Report of the Indian Hemp Drugs Commission, 1894-1895 - Volume IV
Year: 1894
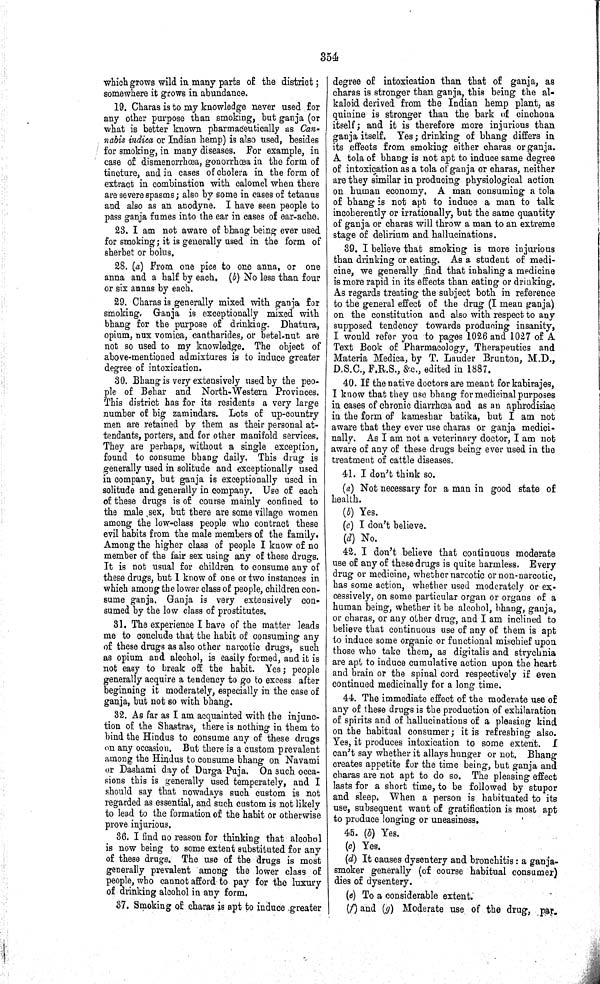
354
which grows wild in many parts of the district;
somewhere it grows in abundance.
19. Charas is to my knowledge never used for
any other purpose than smoking, but ganja (or
what is better known pharmaceutically as Can-
nabis indica or Indian hemp) is also used, besides
for smoking, in many diseases. For example, in
case of dismenorrhœa, gonorrhœa in the form of
tincture, and in cases of cholera in the form of
extract in combination with calomel when there
are severe spasms; also by some in cases of tetanus
and also as an anodyne. I have seen people to
pass ganja fumes into the ear in cases of ear-ache.
23. I am not aware of bhang being ever used
for smoking; it is generally used in the form of
sherbet or bolus.
28. (a) From one pice to one anna, or one
anna and a half by each. (b) No less than four
or six annas by each.
29. Charas is generally mixed with ganja for
smoking, Ganja is exceptionally mixed with
bhang for the purpose of drinking. Dhatura,
opium, nux vomica, cantharides, or betel-nut are
not so used to my knowledge. The object of
above-mentioned admixtures is to induce greater
degree of intoxication.
30. Bhang is very extensively used by the peo-
ple of Behar and North-Western Provinces.
This district has for its residents a very large
number of big zamindars. Lots of up-country
men are retained by them as their personal at-
tendants, porters, and for other manifold services.
They are perhaps, without a single exception,
found to consume bhang daily. This drug is
generally used in solitude and exceptionally used
in company, but ganja is exceptionally used in
solitude and generally in company. Use of each
of these drugs is of course mainly confined to
the male sex, but there are some village women
among the low-class people who contract these
evil habits from the male members of the family.
Among the higher class of people I know of no
member of the fair sex using any of these drugs.
It is not usual for children to consume any of
these drugs, but I know of one or two instances in
which among the lower class of people, children con-
sume ganja. Ganja is very extensively con-
sumed by the low class of prostitutes.
31. The experience I have of the matter leads
me to conclude that the habit of consuming any
of these drugs as also other narcotic drugs, such
as opium and alcohol, is easily formed, and it is
not easy to break off the habit. Yes; people
generally acquire a tendency to go to excess after
beginning it moderately, especially in the case of
ganja, but not so with bhang.
32. As far as I am acquainted with the injunc-
tion of the Shastras, there is nothing in them to
bind the Hindus to consume any of these drugs
on any occasion. But there is a custom prevalent
among the Hindus to consume bhang on Navami
or Dashami day of Durga Puja. On such occa-
sions this is generally used temperately, and I
should say that nowadays such custom is not
regarded as essential, and such custom is not likely
to lead to the formation of the habit or otherwise
prove injurious.
36. I find no reason for thinking that alcohol
is now being to some extent substituted for any
of these drugs. The use of the drugs is most
generally prevalent among the lower class of
people, who cannot afford to pay for the luxury
of drinking alcohol in any form.
37. Smoking of charas is apt to induce greater
degree of intoxication than that of ganja, as
charas is stronger than ganja, this being the al-
kaloid derived from the Indian hemp plant, as
quinine is stronger than the bark of cinchona
itself; and it is therefore more injurious than
ganja itself. Yes; drinking of bhang differs in
its effects from smoking either charas or ganja.
A tola of bhang is not apt to induce same degree
of intoxication as a tola of ganja or charas, neither
are they similar in producing physiological action
on human economy. A man consuming a tola
of bhang is not apt to induce a man to talk
incoherently or irrationally, but the same quantity
of ganja or charas will throw a man to an extreme
stage of delirium and hallucinations.
39. I believe that smoking is more injurious
than drinking or eating. As a student of medi-
cine, we generally find that inhaling a medicine
is more rapid in its effects than eating or drinking.
As regards treating the subject both in reference
to the general effect of the drug (I mean ganja)
on the constitution and also with respect to any
supposed tendency towards producing insanity,
I would refer you to pages 1026 and 1027 of A
Text Book of Pharmacology, Therapeutics and
Materia Medica, by T. Lauder Brunton, M.D.,
D.S.C., F.R.S., &c., edited in 1887.
40. If the native doctors are meant for kabirajes,
I know that they use bhang for medicinal purposes
in cases of chronic diarrhœa and as an aphrodisiac
in the form of kameshar batika, but I am not
aware that they ever use charas or ganja medici-
nally. As I am not a veterinary doctor, I am not
aware of any of these drugs being ever used in the
treatment of cattle diseases.
41. I don't think so.
(a) Not necessary for a man in good state of
health.
(b) Yes.
(c) I don't believe.
(d) No.
42. I don't believe that continuous moderate
use of any of these drugs is quite harmless. Every
drug or medicine, whether narcotic or non-narcotic,
has some action, whether used moderately or ex-
cessively, on some particular organ or organs of a
human being, whether it be alcohol, bhang, ganja,
or charas, or any other drug, and I am inclined to
believe that continuous use of any of them is apt
to induce some organic or functional mischief upon
those who take them, as digitalis and strychnia
are apt to induce cumulative action upon the heart
and brain or the spinal cord respectively if even
continued medicinally for a long time.
44. The immediate effect of the moderate use of
any of these drugs is the production of exhilaration
of spirits and of hallucinations of a pleasing kind
on the habitual consumer; it is refreshing also.
Yes, it produces intoxication to some extent.
I
can't say whether it allays hunger or not. Bhang
creates appetite for the time being, but ganja and
charas are not apt to do so. The pleasing effect
lasts for a short time, to be followed by stupor
and sleep. When a person is habituated to its
use, subsequent want of gratification is most apt
to produce longing or uneasiness.
45. (b) Yes.
(c) Yes.
(d) It causes dysentery and bronchitis: a ganja-
smoker generally (of course habitual consumer)
dies of dysentery.
(e) To a considerable extent.
(f) and (g) Moderate use of the drug, par-